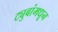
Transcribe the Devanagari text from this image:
ट्युबांमधून